Report of the Indian Hemp Drugs Commission, 1894-1895 - Volume IV
Year: 1894
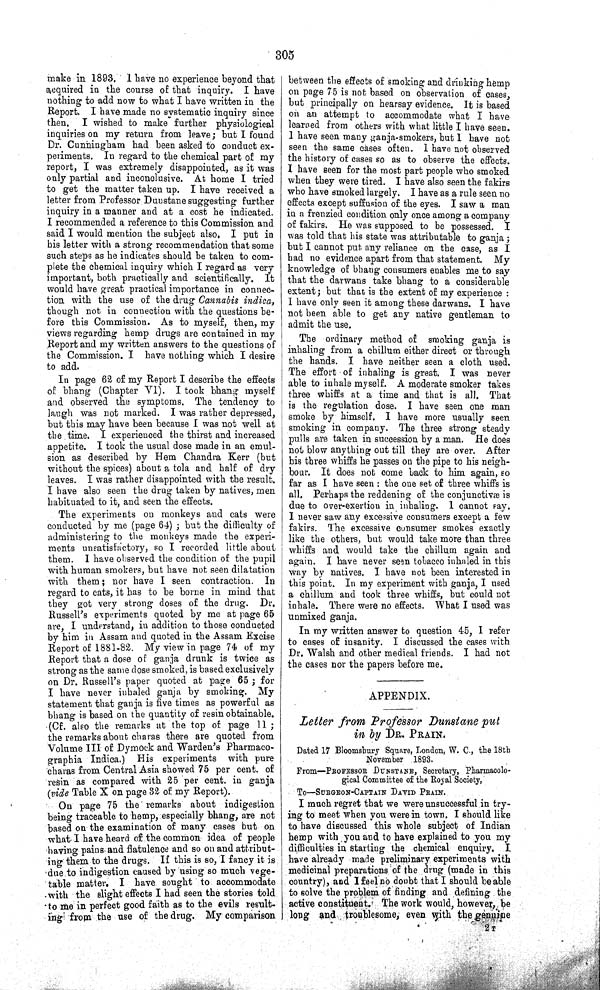
305
make in 1893. I have no experience beyond that
acquired in the course of that inquiry. I have
nothing to add now to what I have written in the
Report. I have made no systematic inquiry since
then. I wished to make further physiological
inquiries on my return from leave; but I found
Dr. Cunningham had been asked to conduct ex-
periments. In regard to the chemical part of my
report, I was extremely disappointed, as it was
only partial and inconclusive. At home I tried
to get the matter taken up. I have received a
letter from Professor Dunstane suggesting further
inquiry in a manner and at a cost he indicated.
I recommended a reference to this Commission and
said I would mention the subject also. I put in
his letter with a strong recommendation that some
such steps as he indicates should be taken to com-
plete the chemical inquiry which I regard as very
important, both practically and scientifically. It
would have great practical importance in connec-
tion with the use of the drug Cannabis indica,
though not in connection with the questions be-
fore this Commission. As to myself, then, my
views regarding hemp drugs are contained in my
Report and my written answers to the questions of
the Commission. I have nothing which I desire
to add.
In page 62 of my Report I describe the effects
of bhang (Chapter VI). I took bhang myself
and observed the symptoms. The tendency to
laugh was not marked. I was rather depressed,
but this may have been because I was not well at
the time. I experienced the thirst and increased
appetite. I took the usual dose made in an emul-
sion as described by Hem Chandra Kerr (but
without the spices) about a tola and half of dry
leaves. I was rather disappointed with the result.
I have also seen the drug taken by natives, men
habituated to it, and seen the effects.
The experiments on monkeys and cats were
conducted by me (page 64); but the difficulty of
administering to the monkeys made the experi-
ments unsatisfactory, so I recorded little about
them. I have observed the condition of the pupil
with human smokers, but have not seen dilatation
with them; nor have I seen contraction. In
regard to cats, it has to be borne in mind that
they got very strong doses of the drug. Dr.
Russell's experiments quoted by me at page 65
are, I understand, in addition to those conducted
by him in Assam and quoted in the Assam Excise
Report of 1881-82. My view in page 74 of my
Report that a dose of ganja drunk is twice as
strong as the same dose smoked, is based exclusively
on Dr. Russell's paper quoted at page 65; for
I have never inhaled ganja by smoking. My
statement that ganja is five times as powerful as
bhang is based on the quantity of resin obtainable.
(Cf. also the remarks at the top of page 11;
the remarks about charas there are quoted from
Volume III of Dymock and Warden's Pharmaco-
graphia Indica.) His experiments with pure
charas from Central Asia showed 75 per cent. of
'resin as compared with 25 per cent. in ganja
(vide Table X on page 32 of my Report).
On page 75 the remarks about indigestion
being traceable to hemp, especially bhang, are not
based on the examination of many cases but on
what I have heard of the common idea of people
having pains and flatulence and so on and attribut-
ing them to the drugs. If this is so, I fancy it is
due to indigestion caused by using so much vege-
table matter. I have sought to accommodate
with the slight effects I had seen the stories told
to me in perfect good faith as to the evils result-
ing from the use of the drug. My comparison
between the effects of smoking and drinking hemp
on page 75 is not based on observation of cases,
but principally on hearsay evidence. It is based
on an attempt to accommodate what I have
learned from others with what little I have seen.
I have seen many ganja-smokers, but I have not
seen the same cases often. I have not observed
the history of cases so as to observe the effects.
I have seen for the most part people who smoked
when they were tired. I have also seen the fakirs
who have smoked largely. I have as a rule seen no
effects except suffusion of the eyes. I saw a man
in a frenzied condition only once among a company
of fakirs. He was supposed to be possessed. I
was told that his state was attributable to ganja;
but I cannot put any reliance on the case, as I
had no evidence apart from that statement. My
knowledge of bhang consumers enables me to say
that the darwans take bhang to a considerable
extent; but that is the extent of my experience:
I have only seen it among these darwans. I have
not been able to get any native gentleman to
admit the use.
The ordinary method of smoking ganja is
inhaling from a chillum either direct or through
the hands. I have neither seen a cloth used.
The effort of inhaling is great. I was never
able to inhale myself. A moderate smoker takes
three whiffs at a time and that is all. That
is the regulation dose. I have seen one man
smoke by himself. I have more usually seen
smoking in company. The three strong steady
pulls are taken in succession by a man. He does
not blow anything out till they are over. After
his three whiffs he passes on the pipe to his neigh-
bour. It does not come back to him again, so
far as I have seen: the one set of three whiffs is
all. Perhaps the reddening of the conjunctivæ is
due to over-exertion in inhaling. I cannot say.
I never saw any excessive consumers except a few
fakirs. The excessive consumer smokes exactly
like the others, but would take more than three
whiffs and would take the chillum again and
again. I have never seen tobacco inhaled in this
way by natives. I have not been interested in
this point. In my experiment with ganja, I used
a chillum and took three whiffs, but could not
inhale. There were no effects. What I used was
unmixed ganja.
In my written answer to question 45, I refer
to cases of insanity. I discussed the cases with
Dr. Walsh and other medical friends. I had not
the cases nor the papers before me.
APPENDIX.
Letter from Professor Dunstane put
in by DR. PRAIN.
Dated 17 Bloomsbury Square, London, W. C., the 18th
November 1893.
From—PROFESSOR DUNSTANE, Secretary, Pharmacolo-
gical Committee of the Royal Society,
To—SURGEON-CAPTAIN DAVID PRAIN.
I much regret that we were unsuccessful in try-
ing to meet when you were in town. I should like
to have discussed this whole subject of Indian
hemp with you and to have explained to you my
difficulties in starting the chemical
enquiry. I
have already made preliminary experiments with
medicinal preparations of the drug (made in this
country), and I feel no doubt that I should be able
to solve the problem of finding and defining the
active constituent. The work would, however, be
long and troublesome, even with the genuine
2 T